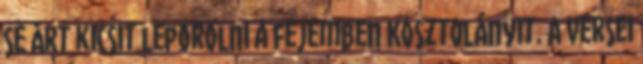
se árt kicsit leporolni a fejemben Kosztolányit. A versei